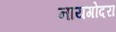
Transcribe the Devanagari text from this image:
नायगोदरा